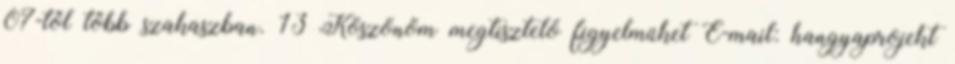
07-től több szakaszban. 13 Köszönöm megtisztelő figyelmüket E-mail: hangyaprojekt